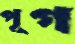
পূগ